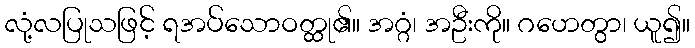
လုံ့လပြုသဖြင့် ရအပ်သောဝတ္ထု၏။ အဂ္ဂံ၊ အဦးကို။ ဂဟေတွာ၊ ယူ၍။